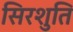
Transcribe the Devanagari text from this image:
सिरशुति